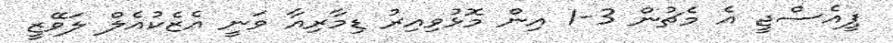
ޕީއެސްޖީ އެ މެޗުން 3-1 އިން މޮޅުވިއިރު ޑިމާރިއާ ވަނީ އެެޒެކުއެލް ލަވޭޒީ